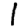
Digit: 1